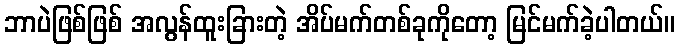
ဘာပဲဖြစ်ဖြစ် အလွန်ထူးခြားတဲ့ အိပ်မက်တစ်ခုကိုတော့ မြင်မက်ခဲ့ပါတယ်။